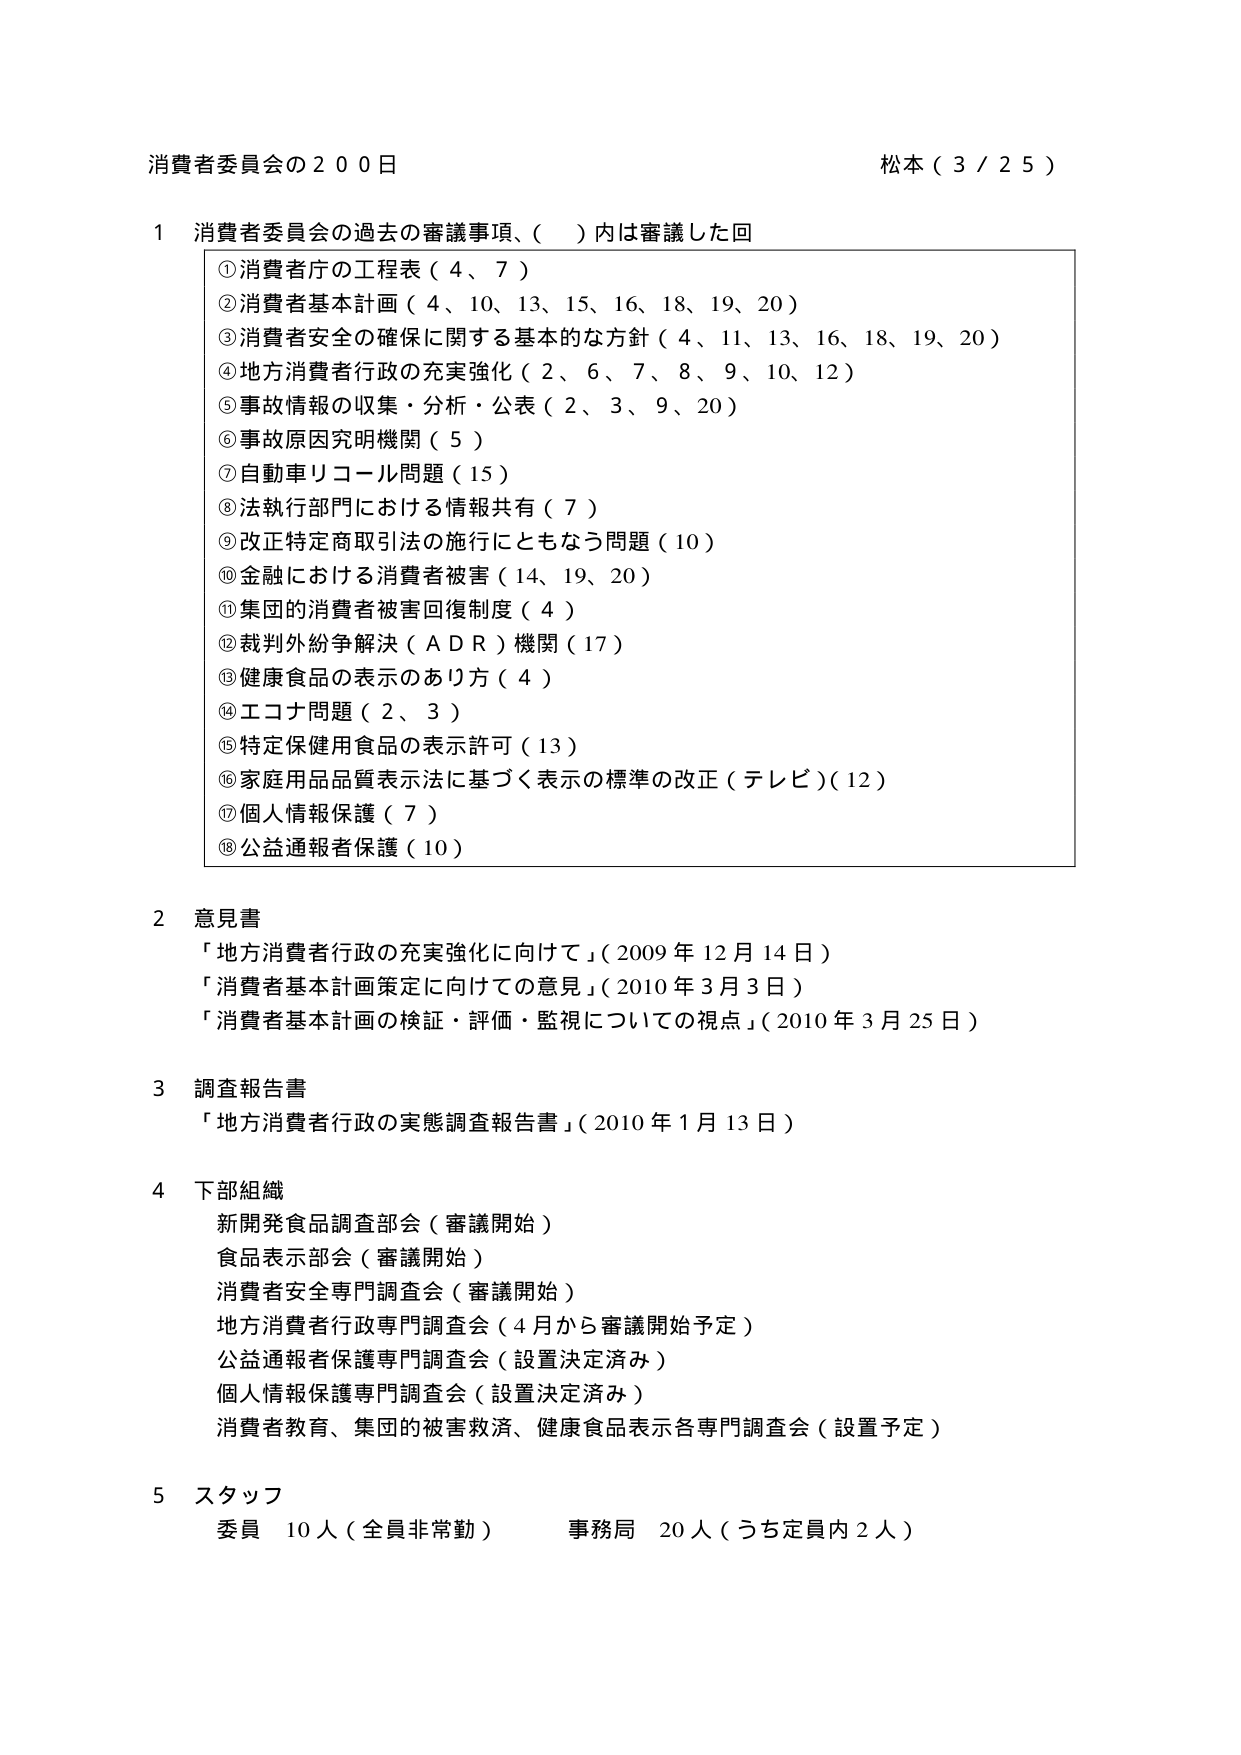
消費者委員会の２００日　　　　　　　　　　　　　　　　　松本（３／２５）

１　消費者委員会の過去の審議事項、（　）内は審議した回
　①消費者庁の工程表（４、７）
　②消費者基本計画（４、10、13、15、16、18、19、20）
　③消費者安全の確保に関する基本的な方針（４、11、13、16、18、19、20）
　④地方消費者行政の充実強化（２、６、７、８、９、10、12）
　⑤事故情報の収集・分析・公表（２、３、９、20）
　⑥事故原因究明機関（５）
　⑦自動車リコール問題（15）
　⑧法執行部門における情報共有（７）
　⑨改正特定商取引法の施行にともなう問題（10）
　⑩金融における消費者被害（14、19、20）
　⑪集団的消費者被害回復制度（４）
　⑫裁判外紛争解決（ＡＤＲ）機関（17）
　⑬健康食品の表示のあり方（４）
　⑭エコナ問題（２、３）
　⑮特定保健用食品の表示許可（13）
　⑯家庭用品品質表示法に基づく表示の標準の改正（テレビ）（12）
　⑰個人情報保護（７）
　⑱公益通報者保護（10）

２　意見書
　「地方消費者行政の充実強化に向けて」（2009年12月14日）
　「消費者基本計画策定に向けての意見」（2010年3月3日）
　「消費者基本計画の検証・評価・監視についての視点」（2010年3月25日）

３　調査報告書
　「地方消費者行政の実態調査報告書」（2010年1月13日）

４　下部組織
　新開発食品調査部会（審議開始）
　食品表示部会（審議開始）
　消費者安全専門調査会（審議開始）
　地方消費者行政専門調査会（4月から審議開始予定）
　公益通報者保護専門調査会（設置決定済み）
　個人情報保護専門調査会（設置決定済み）
　消費者教育、集団的被害救済、健康食品表示各専門調査会（設置予定）

５　スタッフ
　委員　10人（全員非常勤）　　事務局　20人（うち定員内2人）